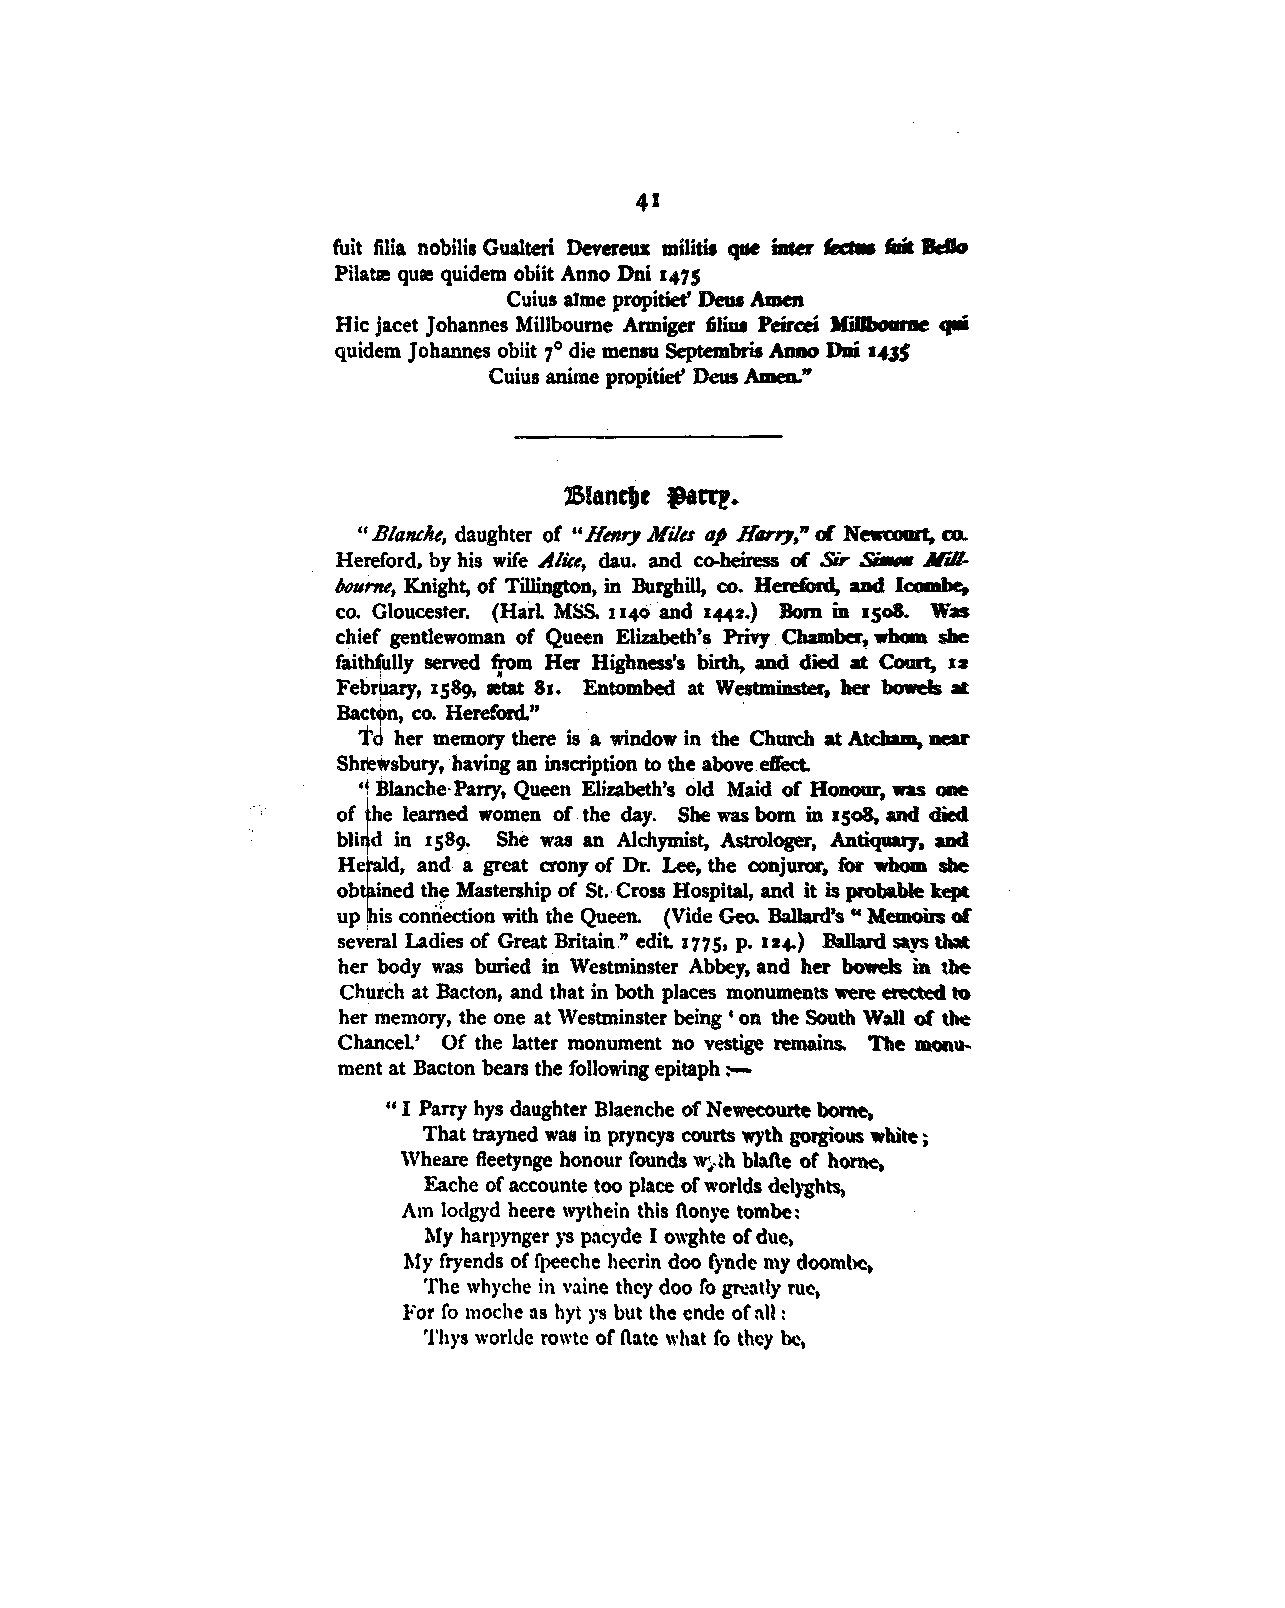
41
 fuit filia nobilia Gualteri Devereux militit qae inter _... at Belo
 Pilatse quee quidem obiit Anno Dni 1475
 Cuiua alme propitiet' Deus Amen
 Hie jacet Johannes Millbourne Armiger 6lius Peircei lfiDboame qlli
 quidem Johannes obiit 7° die menau Septembris Anno Dai 143$
 Cuius anime propitiet' Deus Amen."
 15lantl,e ..r f!.
 "Blanclte, daughter of "Henry Niles ap Harry," of Newcoma. ,co.
 Hereford, by his wife Aliee, dau. and c~heiress of Sir s;.,. ..1£Jl-
 6ourne, Knight, of Tillington, in Burghill, co. Hereford, and I~
 co. Gloucester. (Harl MSS. 1140 and 1442.) Born in :15o8. Was
 chief gentlewoman of Queen Elizabeth's Privy Chamber~ whom she
 faith~ully served from Her Highness's birth, and died at Court, 12
 February, 1589, aetat 81. Entombed at Westminster, her bowels at
 Bactr·n , co. Hereford." . .
 t
 her memory there is a window in the Church at Atcham, llCU'
 Sh¢ sbury, having an inscription to the above efrect.
 •! Blanche· Parry, Queen Elizabeth's old Maid of Honour, was one
 ofte learned women of the day. She was bom in 15o8, and died
 bli d in 1589. She was an Alchymist, Astrologer, Antiquaiy, and
 He  d, and a great crony of Dr. Lee, the conjuror, for whom she
 ob ined th~ Mastership of St.• Cross Hospital, and it is probable kept
 up his connection with the Queen. (Vide Geo. Ballard's " Memoirs of
 sev~ral Ladies of Great Britain" edit 1775, p. 12+) Ballard says tMl
 her' body was buried in Westminster Abbey, and her bowels in the
 Chu~ch at Bacton, and that in both places monuments were erected to
 her memory, the one at Westminster being' on the South Wall of the
 Chancel' Of the latter monument no vestige remains. The monu,.
 ment at Bacton bears the following epitaph :-
 "I Parry hys daughter Blaenche of Newecourte borne.
 That trayned was in pryncys courts wyth gorgious white ;
 Wheare fleetynge honour founds ~,th blafte of home.
 Eache of accounte too place of worlds delyghts,
 Am lodgyd heere wythein this ftonye tombe:
 My harpynger ys pncyde I owghte of due,
 My fryends of fpeeche hecrin doo fynde my doombc.
 The whyche in vaine they doo fo greatly rue,
 rs
 :For fo moche as hyt but the ende of all :
 Thys worl<lc rowtc of natc what fo they be,